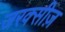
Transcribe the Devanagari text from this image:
जरक्सीज़